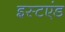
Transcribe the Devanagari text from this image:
इस्टएंड